Papers set at the Examination for Leaving Certificates, 1894
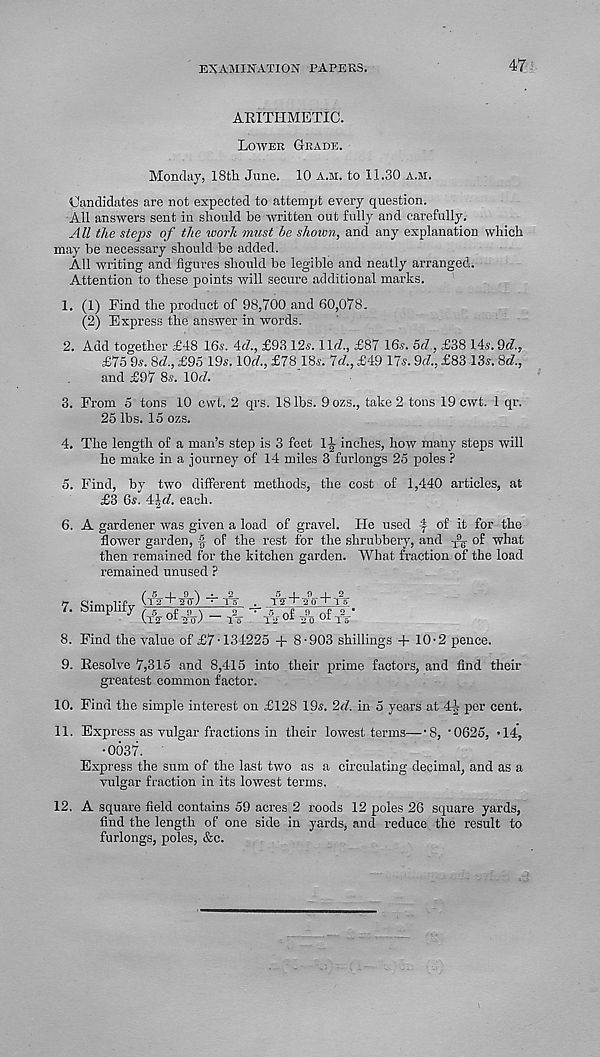
EXAMINATION PAPERS.
47
ARITHMETIC.
Lower Grade.
Monday, 18tli June. 10 a.m. to 11.30 a.m.
Candidates are not expected to attempt every question.
All answers sent in should be written out fully and carefully.
All the steps of the work must he shown, and any explanation which
may be necessary should be added.
All writing and figures should be legible and neatly arranged.
Attention to these points will secure additional marts.
1. (1) Find the product of 98,700 and 60,078.
(2) Express the answer in words.
2. Add together £48 16s. 4<7., £93 12,?. 11(7., £87 16?. 5c7, £38 14?. 9(7.,
£75 9?. 8(7., £95 19?. 10(7., £78 18?. Id., £49 17?. 9(7., £83 13?. 8(7.,
and £97 8?. 10(7.
3. From 5 tons 10 cwt. 2 qrs. 18 lbs. 9ozs., take 2 tons 19 cwt. 1 qr.
25 lbs. 15 ozs.
4. The length of a man’s step is 3 feet l-L inches, how many steps will
he make in a journey of 14 miles 3 furlongs 25 poles ?
5. Find, by two different methods, the cost of 1,440 articles, at
£3 6?. 4^(7. each.
6. A gardener was given a load of gravel. He used f of it for the
flower garden, -§ of the rest for the shrubbery, and T
9^- of what
then remained for the kitchen garden. What fraction of the load
remained unused ?
7. Simplify (t% + w) Tx
(f¥ if) ~ vs
0 1 2
3 0 +T5
T2 if of 2% 0f T V
8. Find the value of £7 •134225 + 8-903 shillings + 10-2 pence.
9. Resolve 7,315 and 8,415 into their prime factors, and find their
greatest common factor.
10. Find the simple interest on £128 19?. 2(7. in 5 years at 4J per cent.
11. Express as vulgar fractions in their lowest terms—‘8, ‘0625, ’14",
•0037.
Express the sum of the last two as a circulating decimal, and as a
vulgar fraction in its lowest terms.
12. A square field contains 59 acres 2 roods 12 poles 26 square yards,
find the length of one side in yards, and reduce the result to
furlongs, poles, &c.